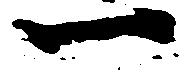
一